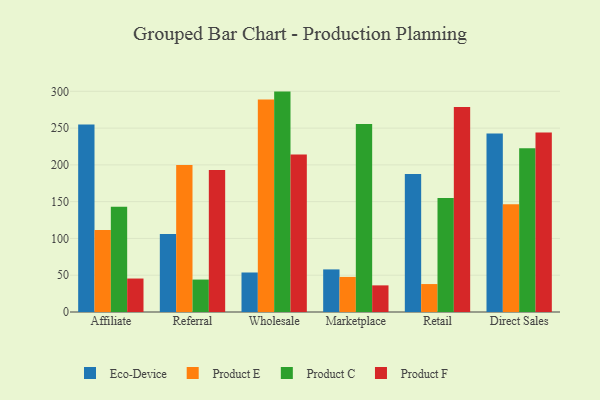
{"axis": {"x": "Channel", "y": "Conversion Rate (%)"}, "legend": ["Eco-Device", "Product C", "Product E", "Product F"], "data": [{"x": "Affiliate", "y": 255.0, "type": "Eco-Device"}, {"x": "Affiliate", "y": 111.3, "type": "Product E"}, {"x": "Affiliate", "y": 143.1, "type": "Product C"}, {"x": "Affiliate", "y": 45.5, "type": "Product F"}, {"x": "Referral", "y": 106.1, "type": "Eco-Device"}, {"x": "Referral", "y": 199.7, "type": "Product E"}, {"x": "Referral", "y": 44.1, "type": "Product C"}, {"x": "Referral", "y": 192.9, "type": "Product F"}, {"x": "Wholesale", "y": 53.7, "type": "Eco-Device"}, {"x": "Wholesale", "y": 288.9, "type": "Product E"}, {"x": "Wholesale", "y": 299.6, "type": "Product C"}, {"x": "Wholesale", "y": 214.2, "type": "Product F"}, {"x": "Marketplace", "y": 57.9, "type": "Eco-Device"}, {"x": "Marketplace", "y": 47.7, "type": "Product E"}, {"x": "Marketplace", "y": 255.7, "type": "Product C"}, {"x": "Marketplace", "y": 36.2, "type": "Product F"}, {"x": "Retail", "y": 187.6, "type": "Eco-Device"}, {"x": "Retail", "y": 38.0, "type": "Product E"}, {"x": "Retail", "y": 154.8, "type": "Product C"}, {"x": "Retail", "y": 278.8, "type": "Product F"}, {"x": "Direct Sales", "y": 242.7, "type": "Eco-Device"}, {"x": "Direct Sales", "y": 146.3, "type": "Product E"}, {"x": "Direct Sales", "y": 222.5, "type": "Product C"}, {"x": "Direct Sales", "y": 244.0, "type": "Product F"}]}